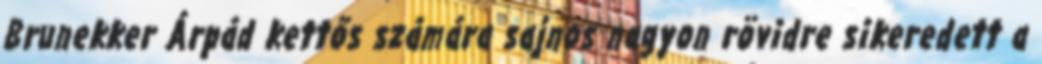
Brunekker Árpád kettős számára sajnos nagyon rövidre sikeredett a